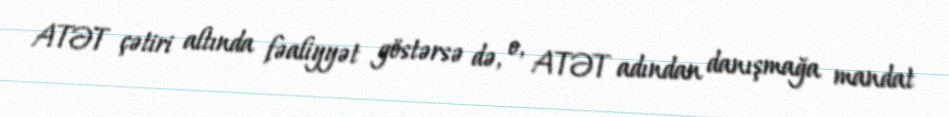
ATƏT çətiri altında fəaliyyət göstərsə də, o, ATƏT adından danışmağa mandat